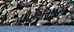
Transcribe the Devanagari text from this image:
मोहनभाटा